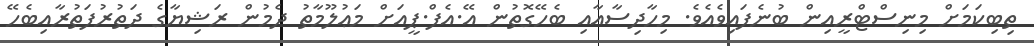
ތިބިކަމަށް މިނިސްޓްރީއިން ބުނެފައިވެއެވެ. މިހާދިސާއާއި ބެހޭގޮތުން އޭ.އެފް.ޕީއަށް މަޢުލޫމާތު ދެމުން ރަޝިޔާގެ ދަތުރުފަތުރާއިބެހޭ